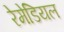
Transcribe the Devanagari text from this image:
रेमेडियल